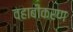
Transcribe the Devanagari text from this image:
वहाबीकरण